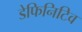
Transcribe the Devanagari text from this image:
डेफिनिटिव